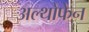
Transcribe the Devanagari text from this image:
अल्थोफेन